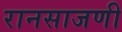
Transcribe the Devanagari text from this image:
रानसाजणी